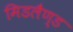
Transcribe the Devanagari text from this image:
मिडलैण्ड